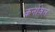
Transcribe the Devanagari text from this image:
कर्नावल